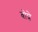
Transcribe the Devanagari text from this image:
बोप्रे